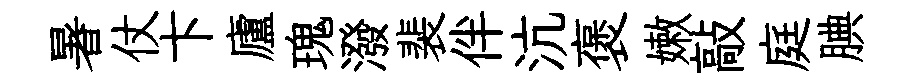
暑仗卞廬瑰潑裴伴沆褒嫩敲庭腆